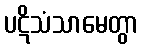
ပဋိသံသာမေတွာ